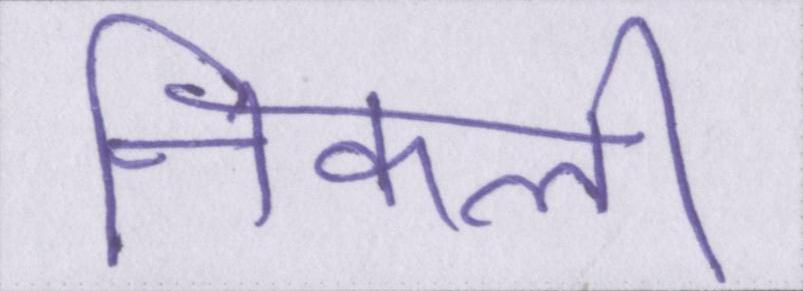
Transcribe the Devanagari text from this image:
निकली